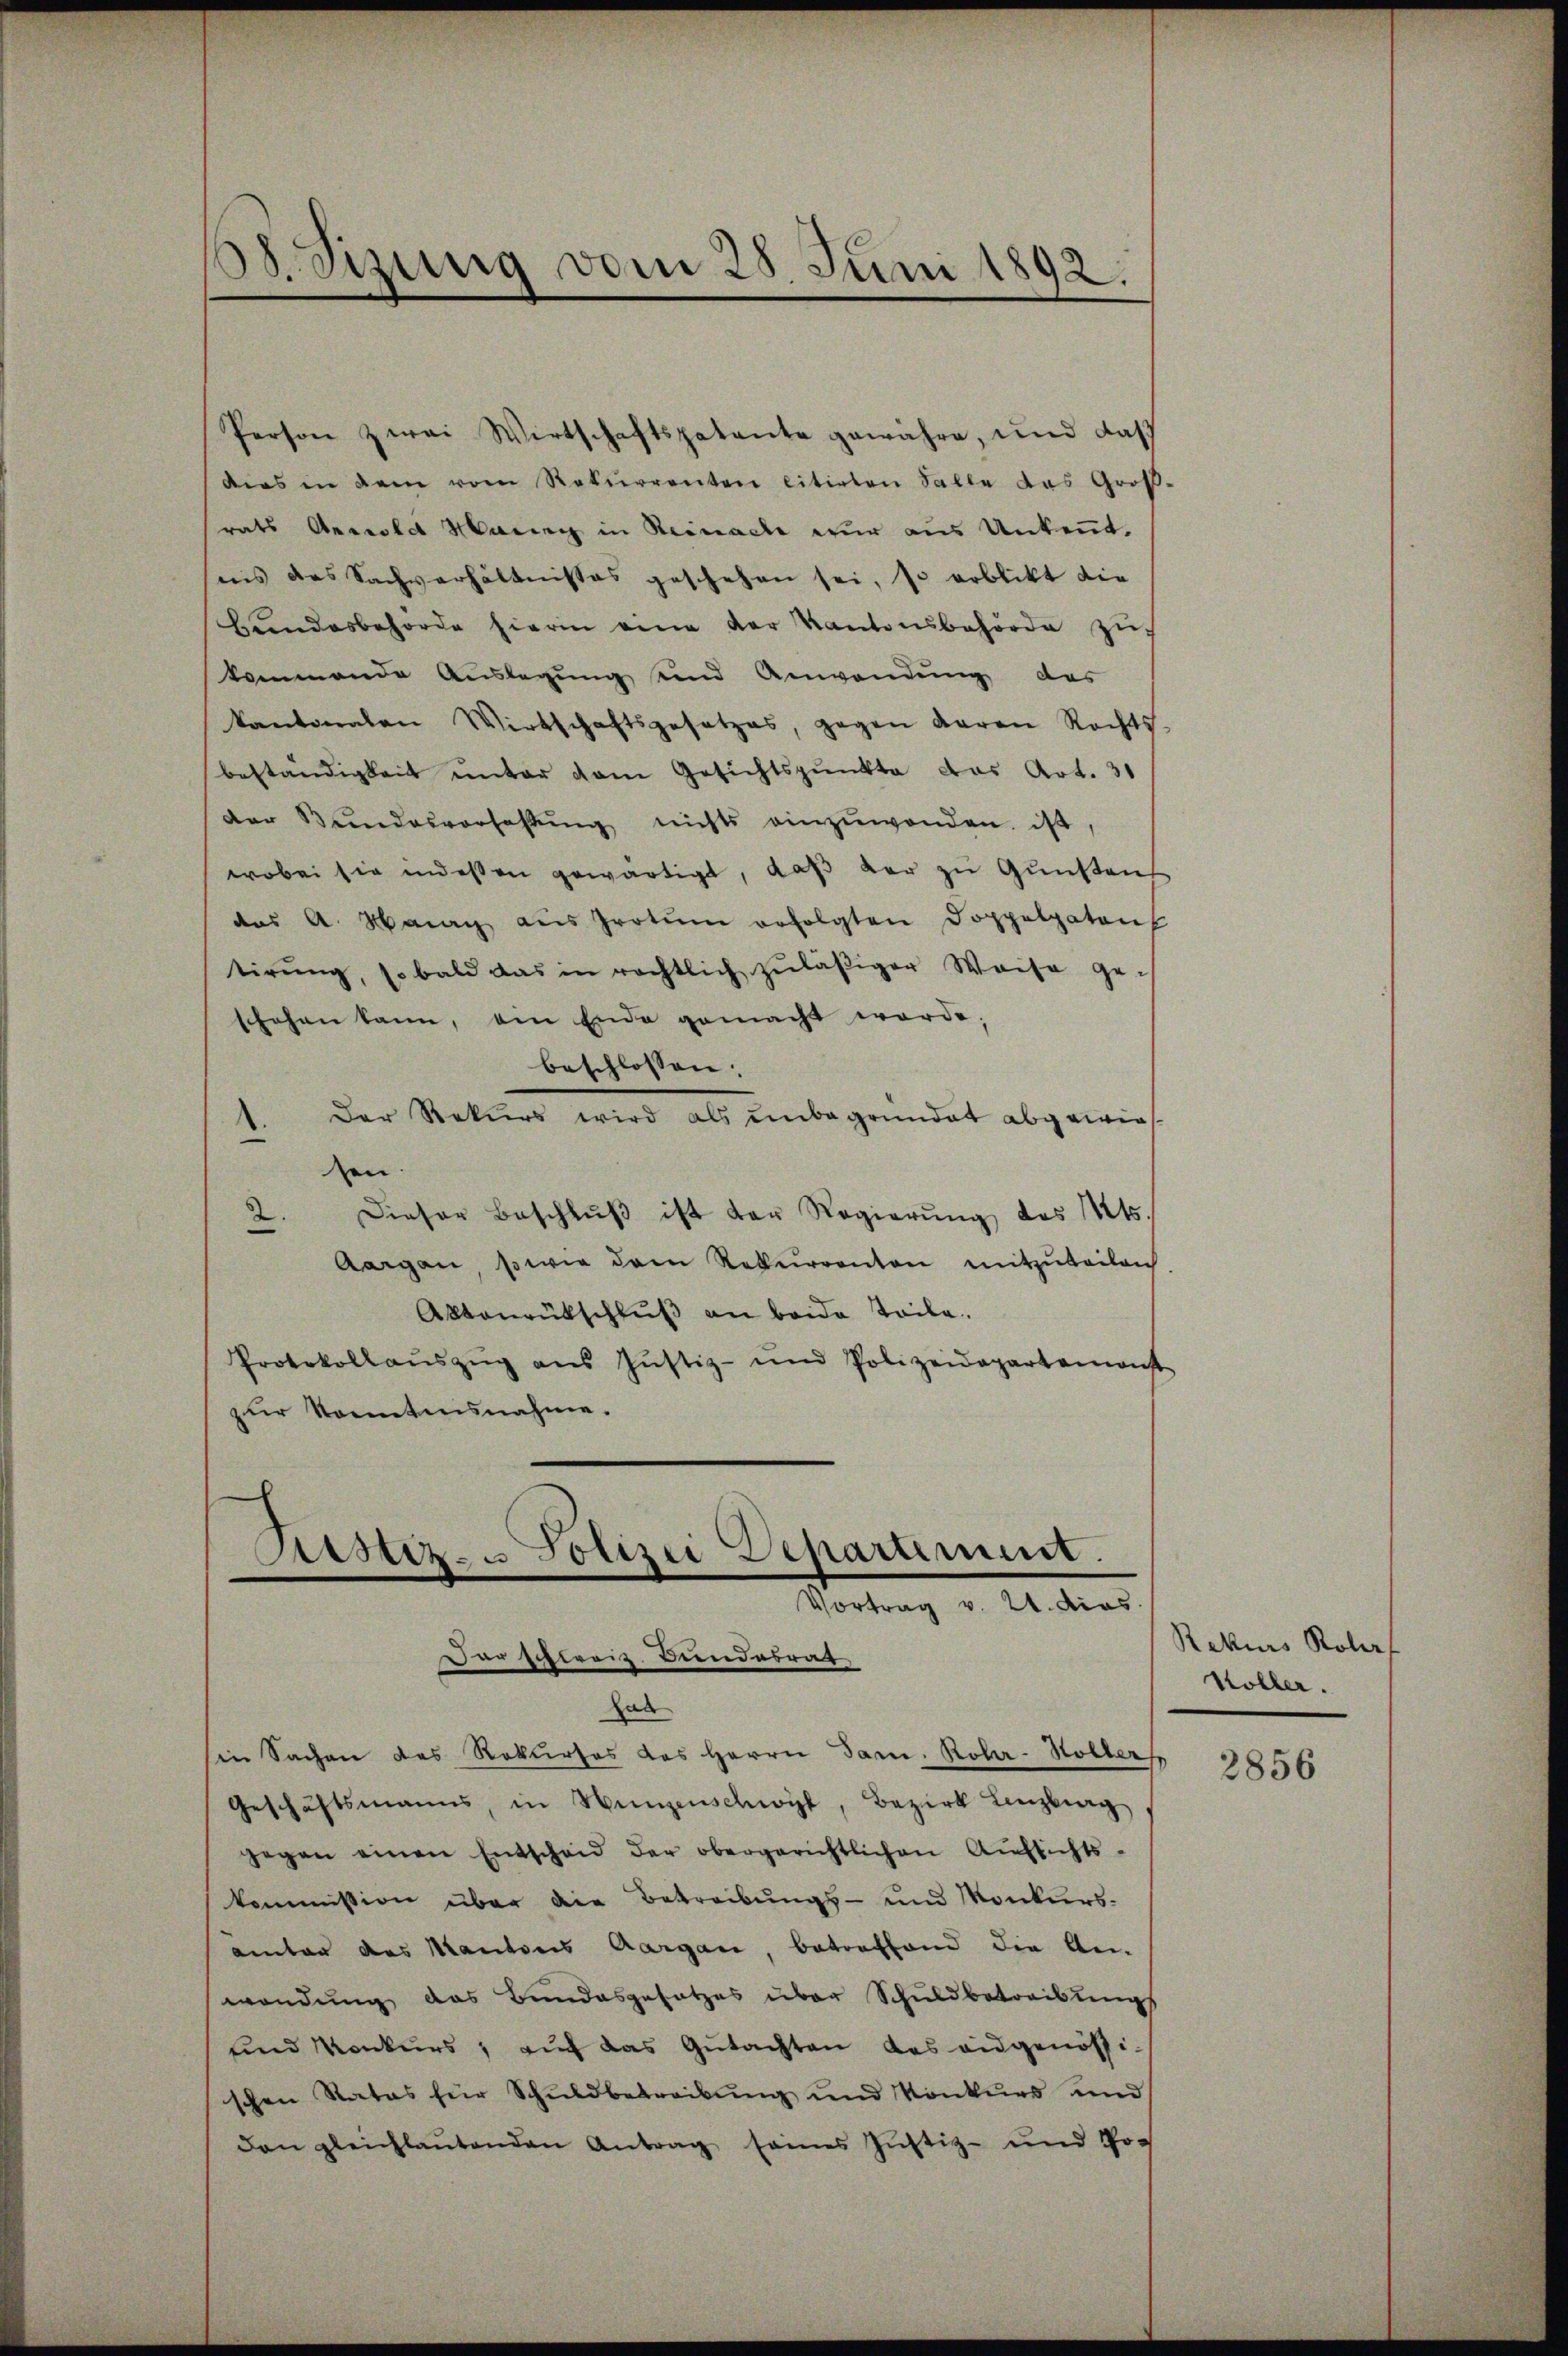
Person zwei Wirtschaftspatente gewähre, und daß
dies in dem vom Rekurrenten citirten Falle das Groß-
rats Angiolet Maring in Reinache wir aus Unkennt.
nis das Sachverhältnisses geschehen sei, so erblickt die
Bŭndesbehörde hierin eine der Kantonsbehörde zŭ
kommende Auslegung und Anwendung des
kantonalen Wirtschaftsgesetzes, gegen daran Rechts-
beständigkeit ŭnter dem Gesichtspunkte das Art. 31
der Bŭndesverfassŭng nichts einzuwenden. ist
wobei sie indeßen gewärtigt, daß der zu Gunstens
das A. May aus Grotŭm erfolgten Doppelpatens
tirŭng, so bald das in rechtlich zŭläβiger Weise geschehen kann, am Ende gemacht werde;
beschlossen:
" Der Rekurs wird als unbegründet abgewies
en.
2. Dieser Beschlŭβ ist der Regierŭng des Mts.
Aargau, sowie dem Rekurrenten mitzŭteilen.
Altanrückschlŭβ an beide Teile.
Protokollaŭszŭg aŭs Jŭstiz- und Polizeidepartement
zur Kenntnisnahme.

88. Sizung vom 28. Juni 1892.

Astiz- u Polizei Departement.
Vortrag v. 24. dies
Dar schweiz. Bundesrat

Hau
in Sachen des Rekurses das Herrn Sami, Rohr-Höller
Geschäftsmanns, in Hungenschwyl, Bezirk Lenzburg
gegen einen Entscheid der obergerichtlichen Aŭfsichts-
kommission über die Betreibungs- und Konkurs-
amter des Kantons Aargau, betreffend die An-
wendung das Bundesgesetzes über Schuldbetreibungs
und Konkurs, auf das Gutachten das eidgenößi
schen Rates für Schŭldbetreibŭng ŭnd Konkŭrs und
dan gleichlaŭtenden Antrag seines Jŭstiz- und Po-

Rekurs Koloef
Höller.

2856